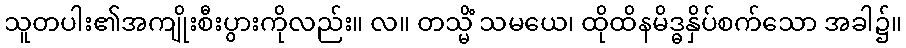
သူတပါး၏အကျိုးစီးပွားကိုလည်း။ လ။ တသ္မိံ သမယေ၊ ထိုထိနမိဒ္ဓနှိပ်စက်သော အခါ၌။